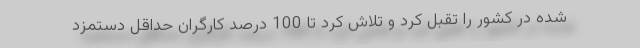
شده در کشور را تقبل کرد و تلاش کرد تا 100 درصد کارگران حداقل دستمزد